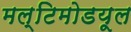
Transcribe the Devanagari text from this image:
मल्टिमोडयूल